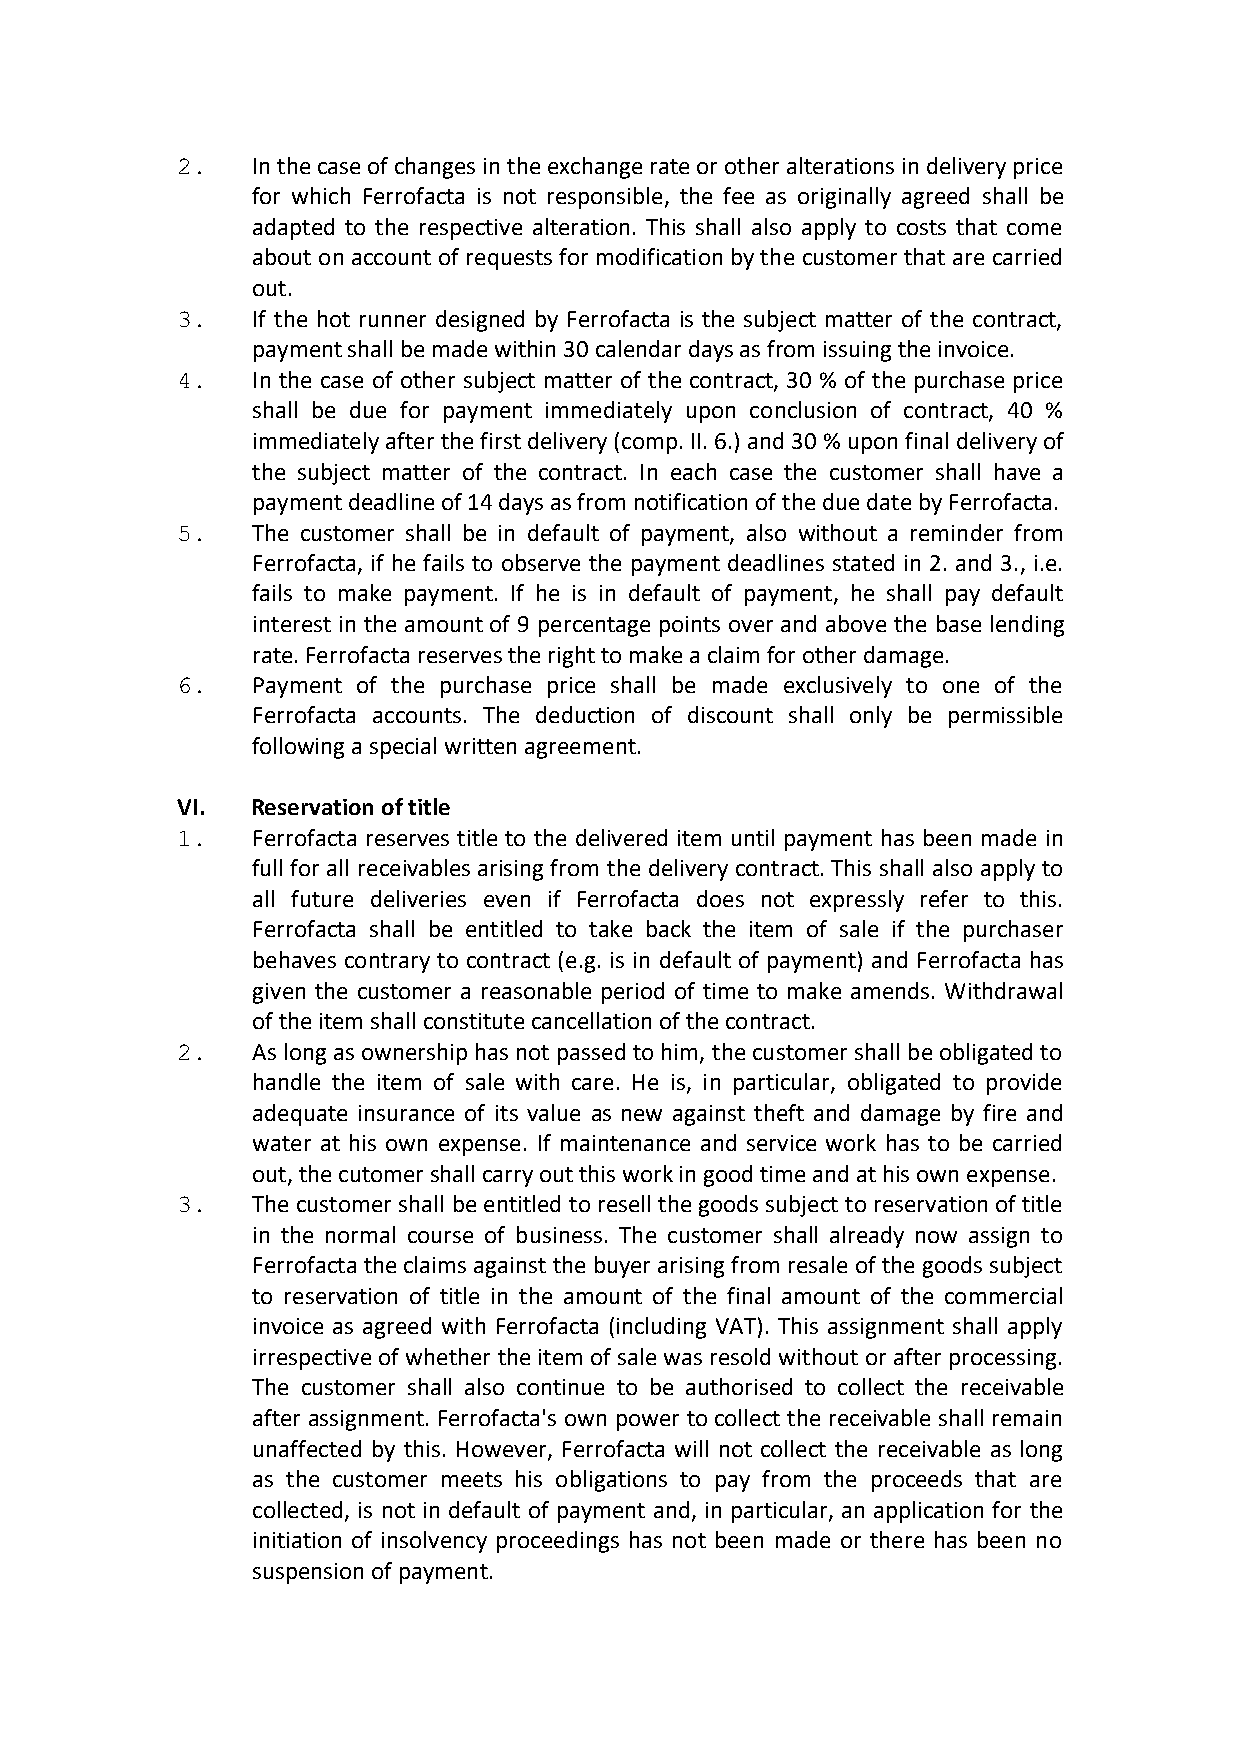
2.   In the case of changes in the exchange rate or other alterations in delivery price
 for which Ferrofacta is not responsible, the fee as originally agreed shall be
 adapted to the respective alteration. This shall also apply to costs that come
 about on account of requests for modification by the customer that are carried
 out.
 3.   If the hot runner designed by Ferrofacta is the subject matter of the contract,
 payment shall be made within 30 calendar days as from issuing the invoice.
 4.   In the case of other subject matter of the contract, 30 % of the purchase price
 shall be due for payment immediately upon conclusion of contract, 40 %
 immediately after the first delivery (comp. II. 6.) and 30 % upon final delivery of
 the subject matter of the contract. In each case the customer shall have a
 payment deadline of 14 days as from notification of the due date by Ferrofacta.
 5.   The customer shall be in default of payment, also without a reminder from
 Ferrofacta, if he fails to observe the payment deadlines stated in 2. and 3., i.e.
 fails to make payment. If he is in default of payment, he shall pay default
 interest in the amount of 9 percentage points over and above the base lending
 rate. Ferrofacta reserves the right to make a claim for other damage.
 6.   Payment of the purchase price shall be made exclusively to one of the
 Ferrofacta accounts. The deduction of discount shall only be permissible
 following a special written agreement.
 VI.  Reservation of title
 1.   Ferrofacta reserves title to the delivered item until payment has been made in
 full for all receivables arising from the delivery contract. This shall also apply to
 all future deliveries even if Ferrofacta does not expressly refer to this.
 Ferrofacta shall be entitled to take back the item of sale if the purchaser
 behaves contrary to contract (e.g. is in default of payment) and Ferrofacta has
 given the customer a reasonable period of time to make amends. Withdrawal
 of the item shall constitute cancellation of the contract.
 2.   As long as ownership has not passed to him, the customer shall be obligated to
 handle the item of sale with care. He is, in particular, obligated to provide
 adequate insurance of its value as new against theft and damage by fire and
 water at his own expense. If maintenance and service work has to be carried
 out, the cutomer shall carry out this work in good time and at his own expense.
 3.   The customer shall be entitled to resell the goods subject to reservation of title
 in the normal course of business. The customer shall already now assign to
 Ferrofacta the claims against the buyer arising from resale of the goods subject
 to reservation of title in the amount of the final amount of the commercial
 invoice as agreed with Ferrofacta (including VAT). This assignment shall apply
 irrespective of whether the item of sale was resold without or after processing.
 The customer shall also continue to be authorised to collect the receivable
 after assignment. Ferrofacta's own power to collect the receivable shall remain
 unaffected by this. However, Ferrofacta will not collect the receivable as long
 as the customer meets his obligations to pay from the proceeds that are
 collected, is not in default of payment and, in particular, an application for the
 initiation of insolvency proceedings has not been made or there has been no
 suspension of payment.